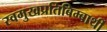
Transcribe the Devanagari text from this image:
स्वमुखप्रतिबिम्बार्थी